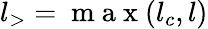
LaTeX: {l}_{>}=\mathrm{~m~a~x~}({{l}_{c},{l}})